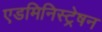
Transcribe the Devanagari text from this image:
एडमिनिस्ट्रेषन